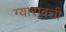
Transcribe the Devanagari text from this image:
ग्याराबत्ती